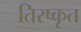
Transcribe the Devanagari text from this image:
तिरष्कृत